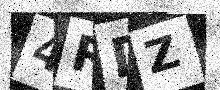
Text: 4RDZ